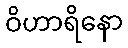
ဝိဟာရိနော